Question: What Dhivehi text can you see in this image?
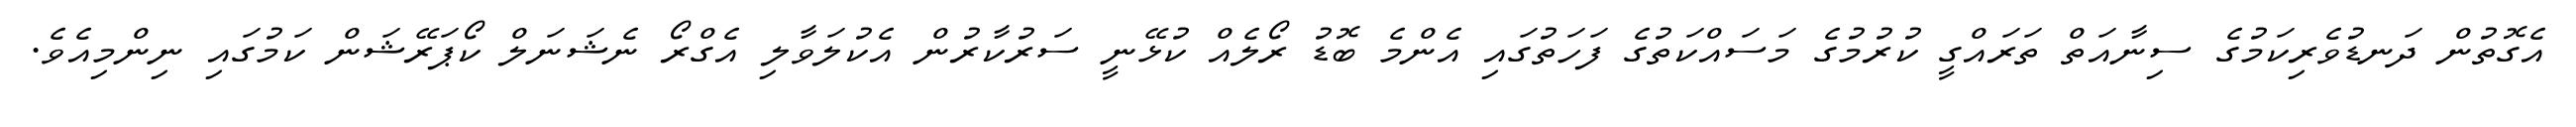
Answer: އެގޮތުން ދަނޑުވެރިކަމުގެ ސިނާއަތް ތަރައްގީ ކުރުމުގެ މަސައްކަތުގެ ފަހަތުގައި އެންމެ ބޮޑު ރޯލެއް ކުޅޭނީ ސަރުކާރުން އެކުލަވާލި އެގްރޯ ނެޝަނަލް ކޯޕަރޭޝަން ކަމުގައި ނިންމިއެވެ.